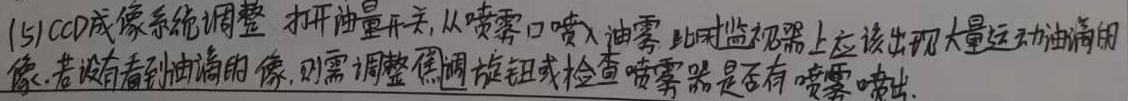
(5) CCD成像系统调整：打开油量开关，从喷雾口喷入油雾，此时监视器上应该出现大量运动油滴的像。若没有看到油滴的像，则需调整焦距旋钮或检查喷雾器是否有喷雾喷出。